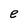
Character: e